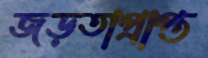
জড়তাপ্রাপ্ত